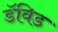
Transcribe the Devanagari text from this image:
डॅविड